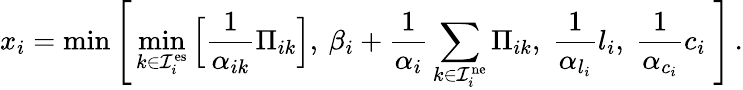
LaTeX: x_{i}=\operatorname*{min}\Bigg[\operatorname*{min}_{k\in\mathcal{I}_{i}^{\mathrm{es}}}\Big[\frac{1}{\alpha_{ik}}\Pi_{ik}\Big],\: \beta_{i}+\frac{1}{\alpha_{i}}\sum_{k\in\mathcal{I}_{i}^{\mathrm{ne}}}\Pi_{ik},\; \frac{1}{\alpha_{l_{i}}}l_{i},\; \frac{1}{\alpha_{c_{i}}}c_{i}\; \Bigg]\, .